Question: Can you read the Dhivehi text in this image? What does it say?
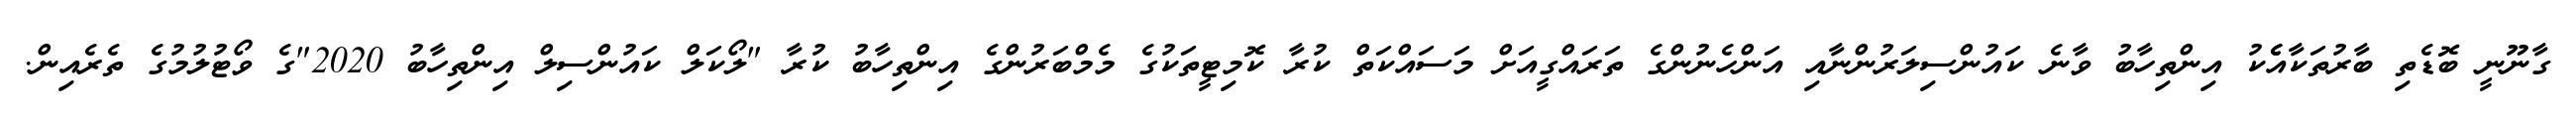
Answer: ގާނޫނީ ބޮޑެތި ބާރުތަކާއެެކު އިންތިހާބު ވާނެ ކައުންސިލަރުންނާއި އަންހެނުންގެ ތަރައްގީއަށް މަސައްކަތް ކުރާ ކޮމިޓީތަކުގެ މެމްބަރުންގެ އިންތިހާބު ކުރާ "ލޯކަލް ކައުންސިލް އިންތިހާބު 2020"ގެ ވޯޓުލުމުގެ ތެރެއިން.